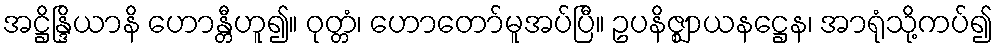
အဋ္ဌိန္ဒြိယာနိ ဟောန္တီဟူ၍။ ဝုတ္တံ၊ ဟောတော်မူအပ်ပြီ။ ဥပနိဇ္ဈာယနဋ္ဌေန၊ အာရုံသို့ကပ်၍